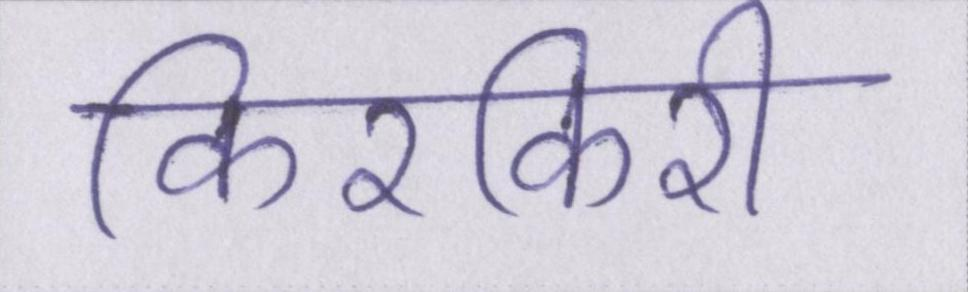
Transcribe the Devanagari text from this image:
किरकिरी